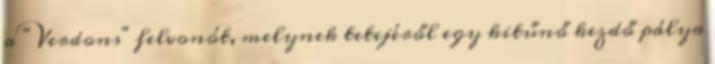
a "Verdons" felvonót, melynek tetejéről egy kitűnő kezdő pálya